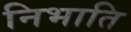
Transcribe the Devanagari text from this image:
निभाति